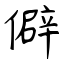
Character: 僻